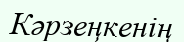
Кәрзеңкенің